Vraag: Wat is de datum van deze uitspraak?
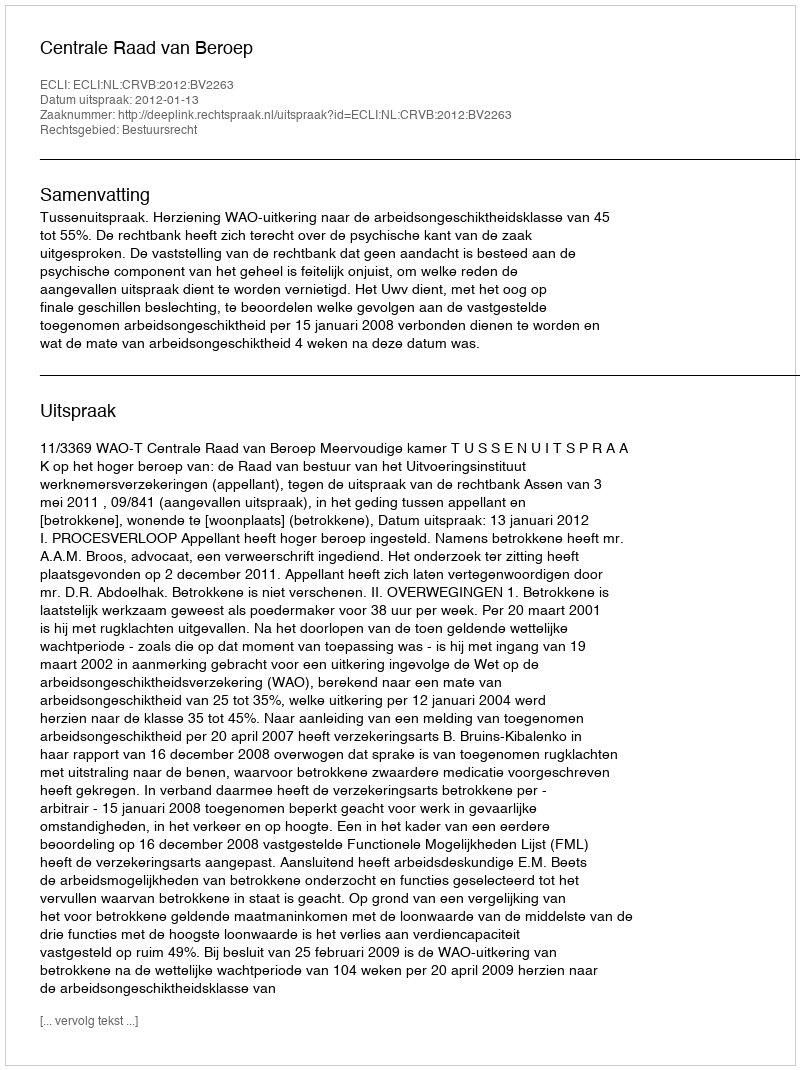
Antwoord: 2012-01-13